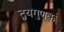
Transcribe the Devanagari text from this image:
द्वयगुणक